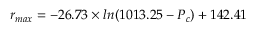
r _ { m a x } = - 2 6 . 7 3 \times l n ( 1 0 1 3 . 2 5 - P _ { c } ) + 1 4 2 . 4 1